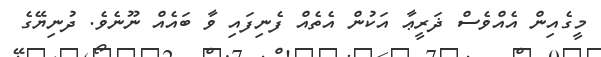
މީގެއިން އެއްވެސް ޛަރީޢާ އަކުން އެތެއް ފެނިފައި ވާ ބައެއް ނޫނެވެ. ދުނިޔޭގެ